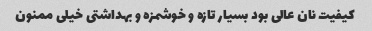
کیفیت نان عالی بود بسیار تازه و خوشمزه و بهداشتی خیلی ممنون